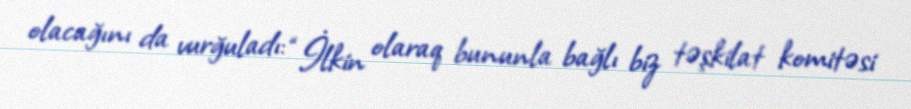
olacağını da vurğuladı: “İlkin olaraq bununla bağlı biz təşkilat komitəsi